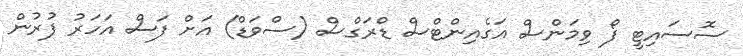
ސޮސައިޓީ ފޯ ވިމަންސް އަގެއިންޓްސް ޑްރަގްސް (ސްވަޑް) އަށް ފަސް އަހަރު ފުރުން